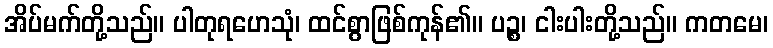
အိပ်မက်တို့သည်။ ပါတုရဟေသုံ၊ ထင်စွာဖြစ်ကုန်၏။ ပဉ္စ၊ ငါးပါးတို့သည်။ ကတမေ၊